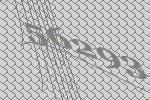
56293